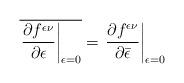
LaTeX: \begin{align*}\overline{\left.\frac{\partial f^{\epsilon\nu}}{\partial \epsilon}\right|_{\epsilon=0}}=\left.\frac{\partial f^{\epsilon\nu}}{\partial \bar{\epsilon}}\right|_{\epsilon=0}\end{align*}